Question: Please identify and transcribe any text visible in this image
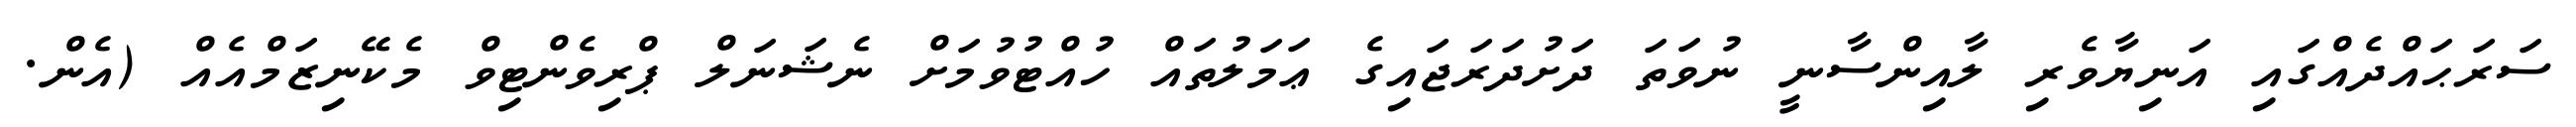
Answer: ސަރަޙައްދެއްގައި އަނިޔާވެރި ލާއިންސާނީ ނުވަތަ ދަށުދަރަޖައިގެ ޢަމަލުތައް ހުއްޓުވުމަށް ނެޝަނަލް ޕްރިވެންޓިވް މެކޭނިޒަމްއެއް (އެން.